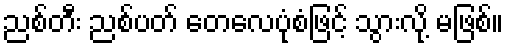
ညစ်တီး ညစ်ပတ် တေလေပုံစံဖြင့် သွားလို့ မဖြစ်။